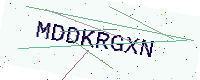
Text: MDDKRGXN